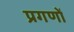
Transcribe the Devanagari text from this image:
प्रगणों